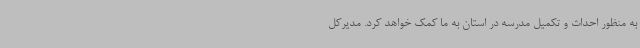
به منظور احداث و تکمیل مدرسه در استان به ما کمک خواهد کرد. مدیرکل